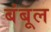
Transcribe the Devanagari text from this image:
बंबूल